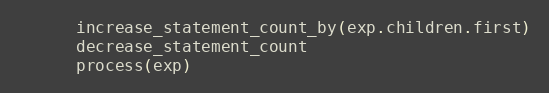
Language: Ruby
      increase_statement_count_by(exp.children.first)
      decrease_statement_count
      process(exp)